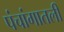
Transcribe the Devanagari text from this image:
पंचांगातली